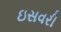
ઇસવરી